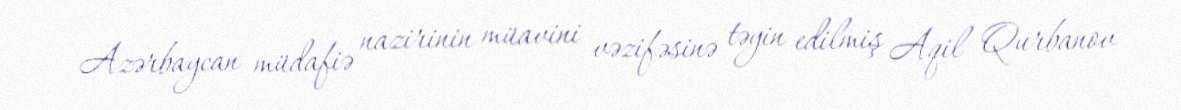
Azərbaycan müdafiə nazirinin müavini vəzifəsinə təyin edilmiş Aqil Qurbanov